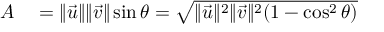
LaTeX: \begin{array} { r l } { A } & { { } = \| { \vec { u } } \| \| { \vec { v } } \| \sin \theta = { \sqrt { \| { \vec { u } } \| ^ { 2 } \| { \vec { v } } \| ^ { 2 } ( 1 - \cos ^ { 2 } \theta ) } } } \end{array}